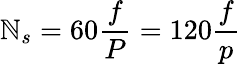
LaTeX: \mathbb{N}_{s}=60{\frac{{f}}{{P}}}=120{\frac{{f}}{{p}}}